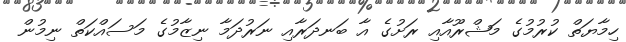
ހިމާޔަތް ކުރުމުގެ މަޝްރޫއާއި ރަށުގެ އާ ބަނދަރާއި ނަރުދަމާ ނިޒާމުގެ މަސައްކަތް ނިމުން